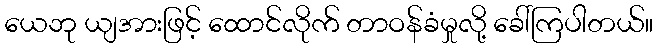
ယေဘု ယျအားဖြင့် ထောင်လိုက် တာဝန်ခံမှုလို့ ခေါ်ကြပါတယ်။